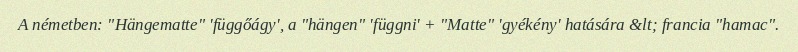
A németben: "Hängematte" 'függőágy', a "hängen" 'függni' + "Matte" 'gyékény' hatására &lt; francia "hamac".